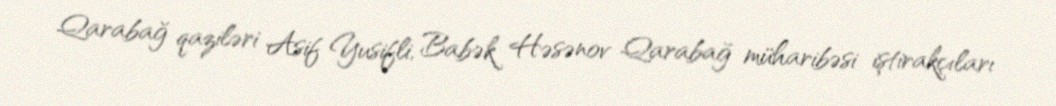
Qarabağ qaziləri Asif Yusifli, Babək Həsənov Qarabağ müharibəsi iştirakçıları